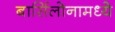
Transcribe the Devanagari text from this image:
बार्सिलोनामध्ये